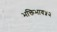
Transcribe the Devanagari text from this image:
भक्तिभाव५२